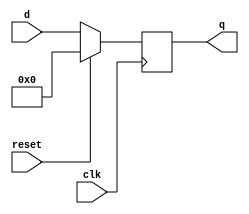
`timescale 1ns / 1ps
//////////////////////////////////////////////////////////////////////////////////
// Company: 
// Engineer: 
// 
// Design Name: 
// Module Name: PIPO
// Project Name: 
// Target Devices: 
// Tool Versions: 
// Description: 
// 
// Dependencies: 
// 
// Revision:
// Revision 0.01 - File Created
// Additional Comments:
// 
//////////////////////////////////////////////////////////////////////////////////


module PIPO(q,clk,reset,d);

    output reg [3:0] q;
    input clk,reset;
    input [3:0] d;
    
    always @ (posedge clk)
        if ( reset ==1)
            q = 4'b0000;
        else 
            q = d;
endmodule